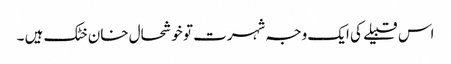
اس قبیلے کی ایک وجہ شہرت تو خوشحال خان خٹک ہیں ۔